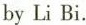
by Li Bi.